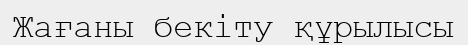
Жағаны бекіту құрылысы